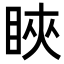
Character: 䀹